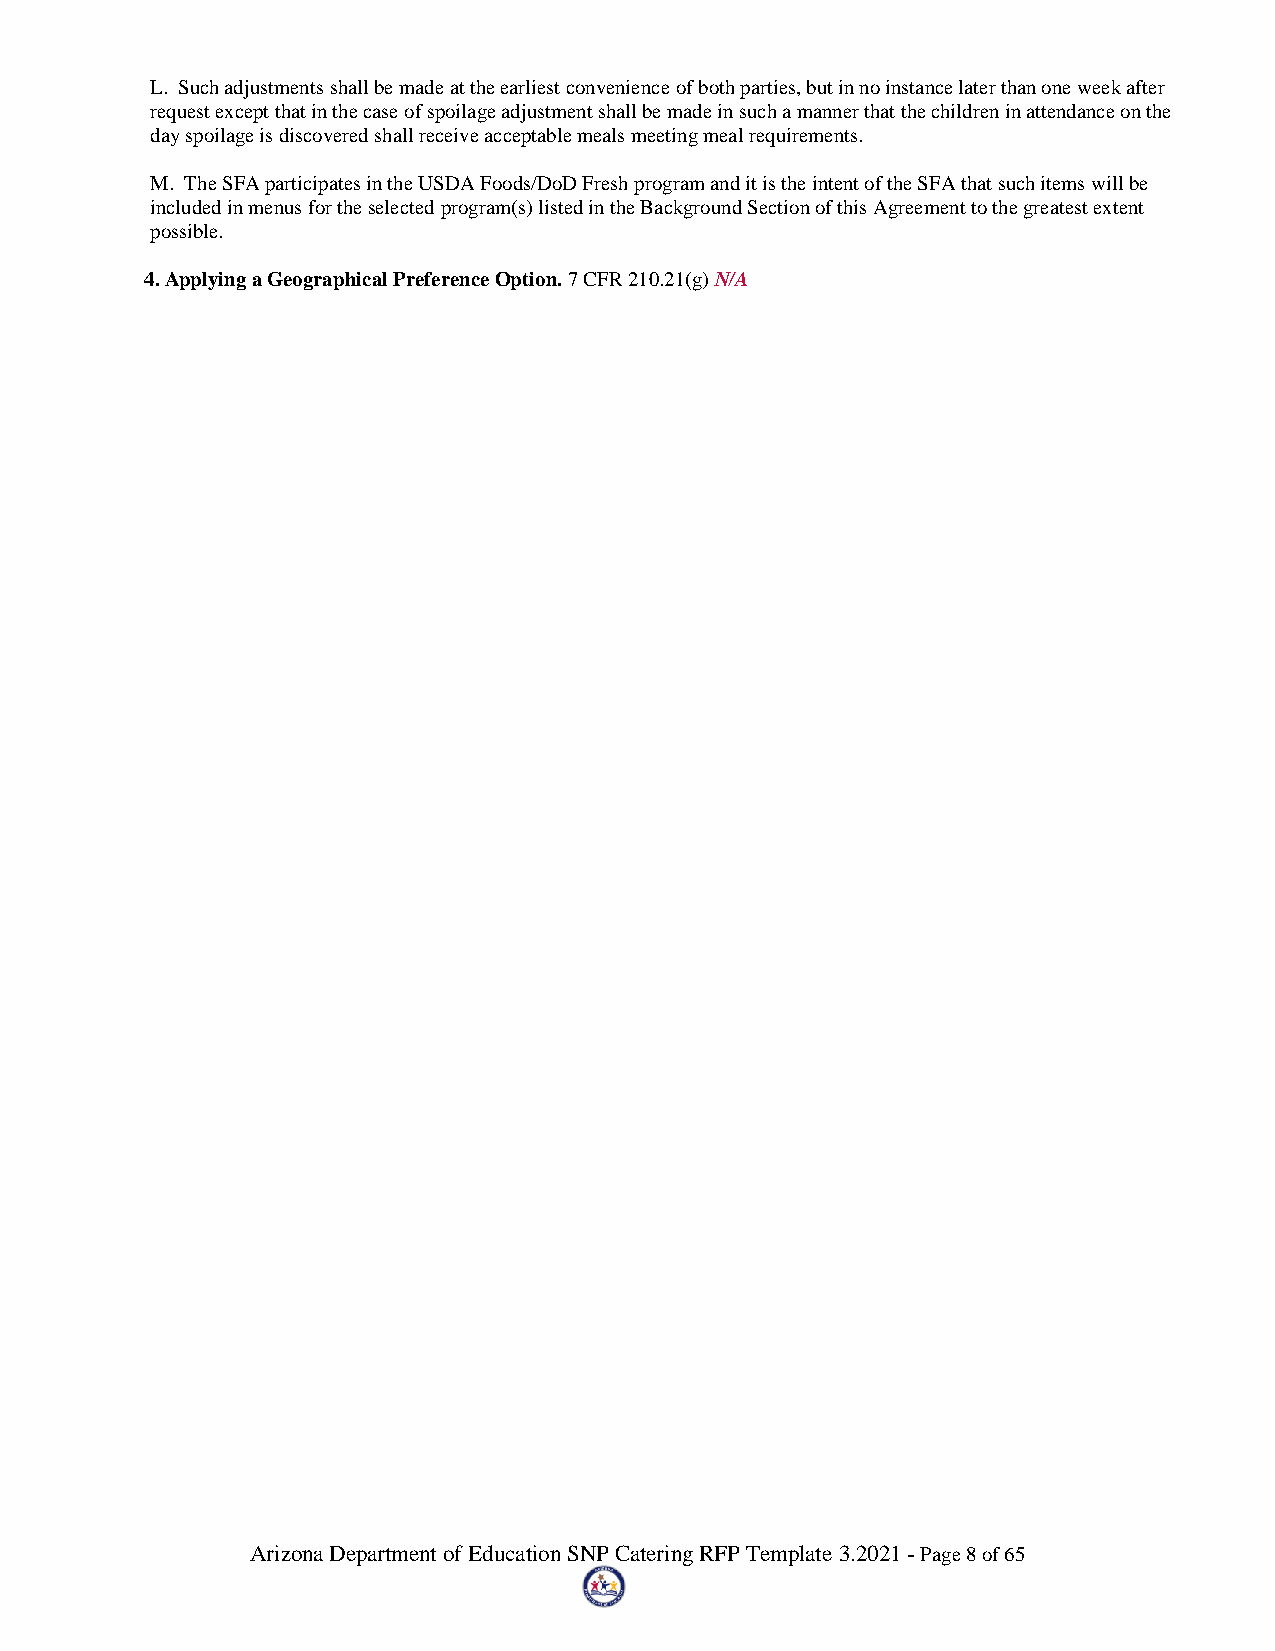
L. Such adjustments shall be made at the earliest convenience of both parties, but in no instance later than one week after
 request except that in the case of spoilage adjustment shall be made in such a manner that the children in attendance on the
 day spoilage is discovered shall receive acceptable meals meeting meal requirements.
 M. The SFA participates in the USDA Foods/DoD Fresh program and it is the intent of the SFA that such items will be
 included in menus for the selected program(s) listed in the Background Section of this Agreement to the greatest extent
 possible.
 4. Applying a Geographical Preference Option. 7 CFR 210.21(g) N/A
 Arizona Department of Education SNP Catering RFP Template 3.2021 - Page 8 of 65